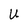
Character: U